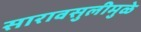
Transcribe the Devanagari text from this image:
सारावसुलीमुळे